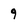
Character: 9